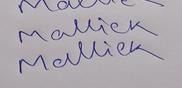
Signature authenticity: genuine